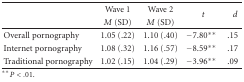
<table><thead><tr><td></td><td><b> Wave 1</b></td><td><b>Wave 2</b></td><td rowspan="2"><b><i>t</i></b></td><td rowspan="2"><b><i>d</i></b></td></tr><tr><td></td><td><b><i>M</i> (SD)</b></td><td><b><i>M</i> (SD) </b></td></tr></thead><tbody><tr><td>Overall pornography</td><td>1.05 (.22)</td><td>1.10 (.40)</td><td>−7.80**</td><td>.15</td></tr><tr><td>Internet pornography</td><td>1.08 (.32)</td><td>1.16 (.57)</td><td>−8.59**</td><td>.17</td></tr><tr><td>Traditional pornography</td><td>1.02 (.15)</td><td>1.04 (.29)</td><td>−3.96**</td><td>.09</td></tr></tbody></table>